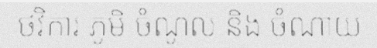
ថវិការ ភូមិ ចំណូល និង ចំណាយ